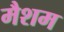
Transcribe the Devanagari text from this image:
मैशम